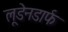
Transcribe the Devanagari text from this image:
लूडेनडार्फ